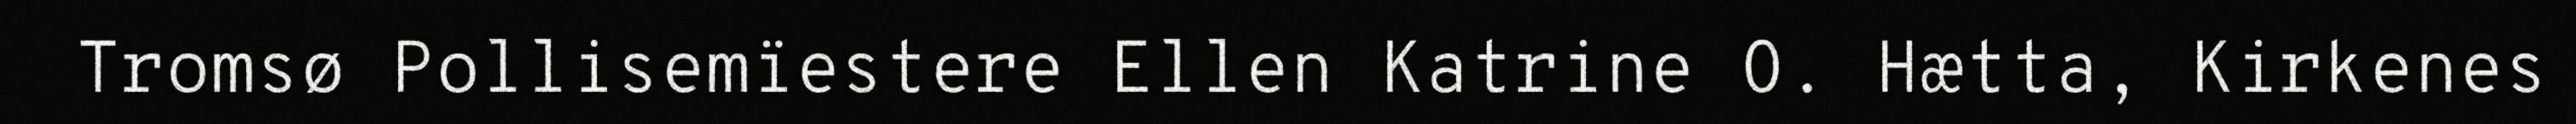
Tromsø Pollisemïestere Ellen Katrine O. Hætta, Kirkenes